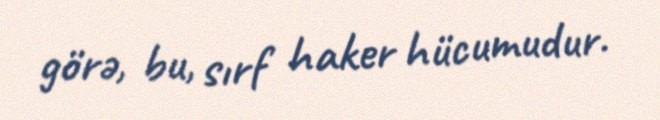
görə, bu, sırf haker hücumudur.